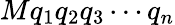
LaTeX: Mq_{1}q_{2}q_{3}\cdots q_{n}